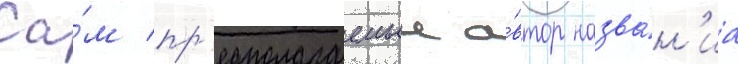
Са́м пр'едполагаемыи а́втор назва́н'иа